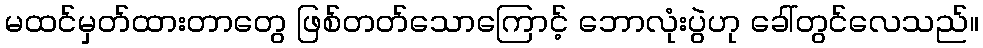
မထင်မှတ်ထားတာတွေ ဖြစ်တတ်သောကြောင့် ဘောလုံးပွဲဟု ခေါ်တွင်လေသည်။